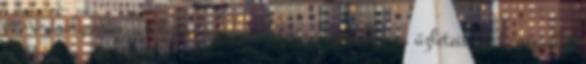
és vásárolgasson a folyton nyüzsgő belvárosi sétálóutca üzleteiben, kávézóiban